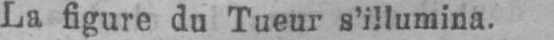
La figure du Tueur s’illumina.